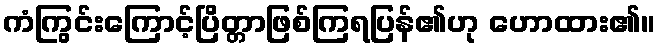
ကံကြွင်းကြောင့်ပြိတ္တာဖြစ်ကြရပြန်၏ဟု ဟောထား၏။